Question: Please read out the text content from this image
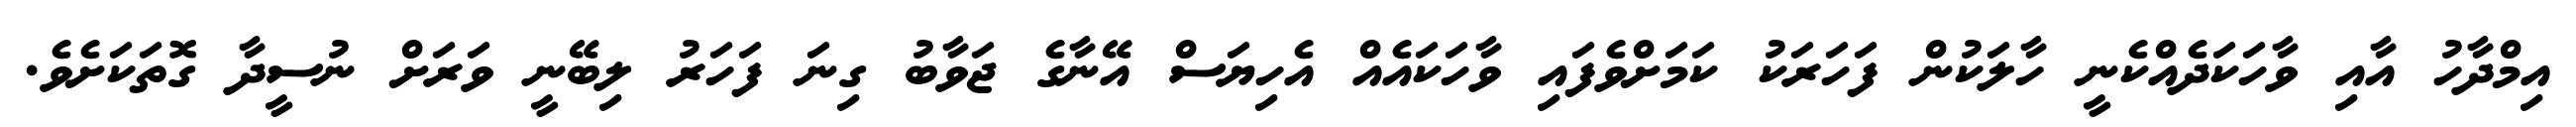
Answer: އިމްދާހު އާއި ވާހަކަދެއްކެނީ ހާލަކުން ފަހަރަކު ކަމަށްވެފައި ވާހަކައެއް އެހިޔަސް އޭނާގެ ޖަވާބު ގިނަ ފަހަރު ލިބޭނީ ވަރަށް ނުސީދާ ގޮތަކަށެވެ.